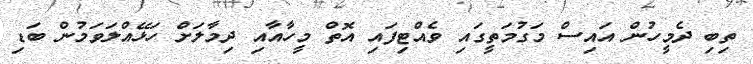
ތިބި ދެމީހުން އައިސް މަގުމަތީގައި ވެއްޓިފައި އޮތް މީހާއާއި ދިމާލަށް ހަޅޭއްލަވަމުން ބަޑި